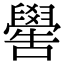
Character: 嚳